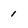
Character: 1